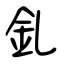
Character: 釓